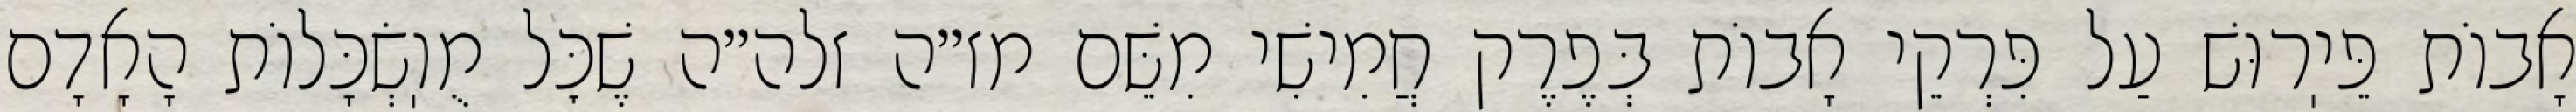
אָבוֹת פֵּיֽרוּשׁ עַל פִּרְקֵי אָבוֹת בְּפֶרֶק חֲמִישִׁי מִשֵּׁם מז״ה זלה״ה שֶׁכׇּל מֻוֽשְׂכָּלוֹת הָאָדָם